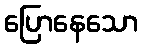
ပြောနေသော